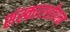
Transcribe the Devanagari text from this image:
संस्कारशोधन